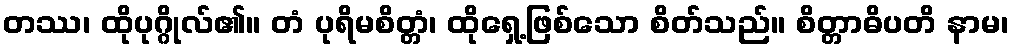
တဿ၊ ထိုပုဂ္ဂိုလ်၏။ တံ ပုရိမစိတ္တံ၊ ထိုရှေ့ဖြစ်သော စိတ်သည်။ စိတ္တာဓိပတိ နာမ၊